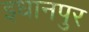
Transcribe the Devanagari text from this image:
इधानपुर